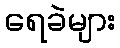
ရေခဲများ